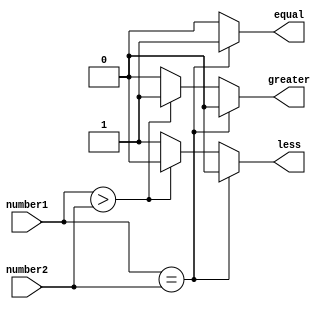
module signed_comparator (
    input signed [31:0] number1,
    input signed [31:0] number2,
    output reg equal,
    output reg greater,
    output reg less
);

always @* begin
    if (number1 == number2) begin
        equal = 1;
        greater = 0;
        less = 0;
    end else if (number1 > number2) begin
        equal = 0;
        greater = 1;
        less = 0;
    end else begin // number1 < number2
        equal = 0;
        greater = 0;
        less = 1;
    end
end

endmodule